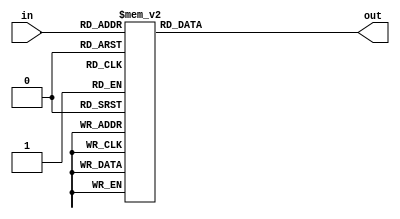
module Decoder(in, out);
    parameter WORD = 32;

    input [4:0] in;

    output reg [WORD - 1:0] out;


    always @* begin
        case(in)
            5'b00000: out <= 32'b0000_0000_0000_0000_0000_0000_0000_0001;
            5'b00001: out <= 32'b0000_0000_0000_0000_0000_0000_0000_0010;
            5'b00010: out <= 32'b0000_0000_0000_0000_0000_0000_0000_0100;
            5'b00011: out <= 32'b0000_0000_0000_0000_0000_0000_0000_1000;
            5'b00100: out <= 32'b0000_0000_0000_0000_0000_0000_0001_0000;
            5'b00101: out <= 32'b0000_0000_0000_0000_0000_0000_0010_0000;
            5'b00110: out <= 32'b0000_0000_0000_0000_0000_0000_0100_0000;
            5'b00111: out <= 32'b0000_0000_0000_0000_0000_0000_1000_0000;
            5'b01000: out <= 32'b0000_0000_0000_0000_0000_0001_0000_0000;
            5'b01001: out <= 32'b0000_0000_0000_0000_0000_0010_0000_0000;
            5'b01010: out <= 32'b0000_0000_0000_0000_0000_0100_0000_0000;
            5'b01011: out <= 32'b0000_0000_0000_0000_0000_1000_0000_0000;
            5'b01100: out <= 32'b0000_0000_0000_0000_0001_0000_0000_0000;
            5'b01101: out <= 32'b0000_0000_0000_0000_0010_0000_0000_0000;
            5'b01110: out <= 32'b0000_0000_0000_0000_0100_0000_0000_0000;
            5'b01111: out <= 32'b0000_0000_0000_0000_1000_0000_0000_0000;
            5'b10000: out <= 32'b0000_0000_0000_0001_0000_0000_0000_0000;
            5'b10001: out <= 32'b0000_0000_0000_0010_0000_0000_0000_0000;
            5'b10010: out <= 32'b0000_0000_0000_0100_0000_0000_0000_0000;
            5'b10011: out <= 32'b0000_0000_0000_1000_0000_0000_0000_0000;
            5'b10100: out <= 32'b0000_0000_0001_0000_0000_0000_0000_0000;
            5'b10101: out <= 32'b0000_0000_0010_0000_0000_0000_0000_0000;
            5'b10110: out <= 32'b0000_0000_0100_0000_0000_0000_0000_0000;
            5'b10111: out <= 32'b0000_0000_1000_0000_0000_0000_0000_0000;
            5'b11000: out <= 32'b0000_0001_0000_0000_0000_0000_0000_0000;
            5'b11001: out <= 32'b0000_0010_0000_0000_0000_0000_0000_0000;
            5'b11010: out <= 32'b0000_0100_0000_0000_0000_0000_0000_0000;
            5'b11011: out <= 32'b0000_1000_0000_0000_0000_0000_0000_0000;
            5'b11100: out <= 32'b0001_0000_0000_0000_0000_0000_0000_0000;
            5'b11101: out <= 32'b0010_0000_0000_0000_0000_0000_0000_0000;
            5'b11110: out <= 32'b0100_0000_0000_0000_0000_0000_0000_0000;
            5'b11111: out <= 32'b1000_0000_0000_0000_0000_0000_0000_0000;
        endcase
    end

endmodule